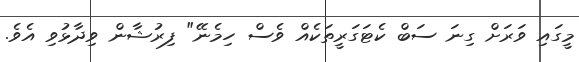
މީގައި ވަރަށް ގިނަ ސަބް ކެޓަގަރީތަކެއް ވެސް ހިމެނޭ" ފިރުޝާން ވިދާޅުވި އެވެ.